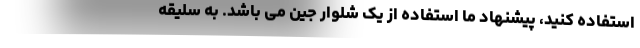
استفاده کنید، پیشنهاد ما استفاده از یک شلوار جین می باشد. به سلیقه